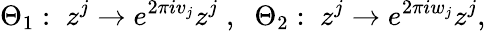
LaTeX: \Theta_{1}:\; z^{j}\rightarrow e^{2\pi iv_{j}}z^{j}\; ,\; \; \Theta_{2}:\; z^{j}\rightarrow e^{2\pi iw_{j}}z^{j},